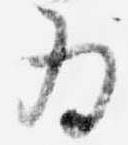
為